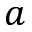
a